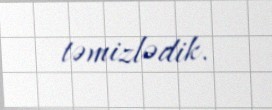
təmizlədik.